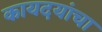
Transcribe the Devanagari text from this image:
कायदयांचा